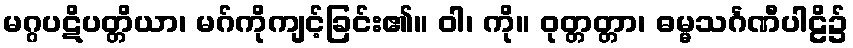
မဂ္ဂပဋိပတ္တိယာ၊ မဂ်ကိုကျင့်ခြင်း၏။ ဝါ၊ ကို။ ဝုတ္တတ္တာ၊ ဓမ္မသင်္ဂဏီပါဠိ၌